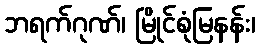
ဘရက်ဂုဏ်၊ မြိုင်စုံမြနန်း၊